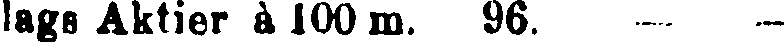
lags Aktier à 100 m. 96. - -